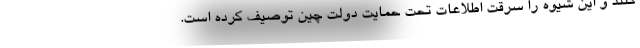
کنند و این شیوه را سرقت اطلاعات تحت حمایت دولت چین توصیف کرده است.